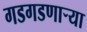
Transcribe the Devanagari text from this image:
गडगडणाऱ्या